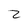
Character: 2